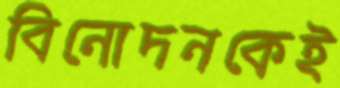
বিনোদনকেই